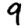
Digit: 9